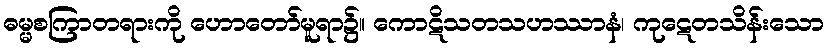
ဓမ္မစကြာတရားကို ဟောတော်မူရာ၌။ ကောဋိသတသဟဿာနံ၊ ကုဋေတသိန်းသော